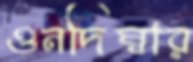
ওনদিম্বার